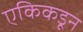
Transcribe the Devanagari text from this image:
एकिकडून